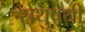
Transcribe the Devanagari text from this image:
सेथुपथी